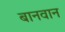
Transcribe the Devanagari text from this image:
बानवान